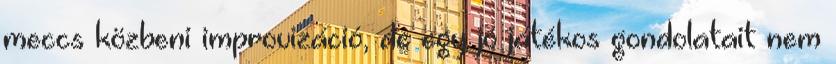
meccs közbeni improvizáció, de egy jó játékos gondolatait nem